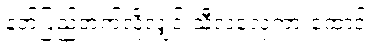
နတ်ပြည်တက်လိုလျှင် သီလလှေကားထောင်။